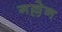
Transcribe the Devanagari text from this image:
गल्लेन